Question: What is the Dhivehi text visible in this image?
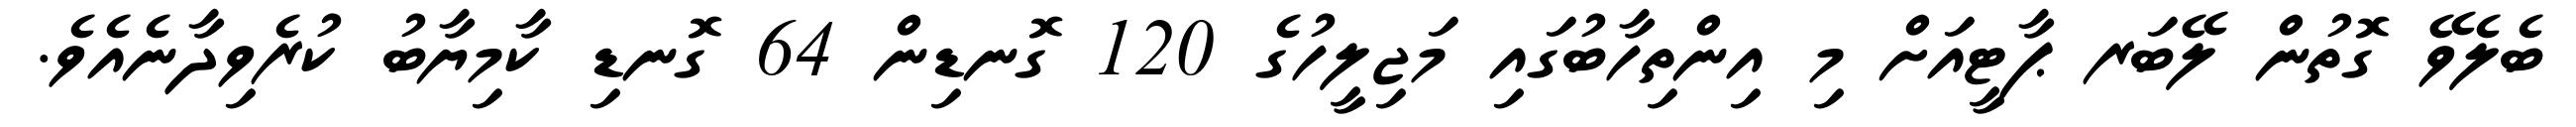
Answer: ބެލެވޭ ގޮތުން ލޭބަރ ޕާޓީއަށް މި އިންތިހާބުގައި މަޖިލީހުގެ 120 ގޮނޑިން 64 ގޮނޑި ކާމިޔާބު ކުރެވިދާނެއެވެ.